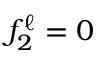
f _ { 2 } ^ { \ell } = 0